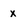
Character: x